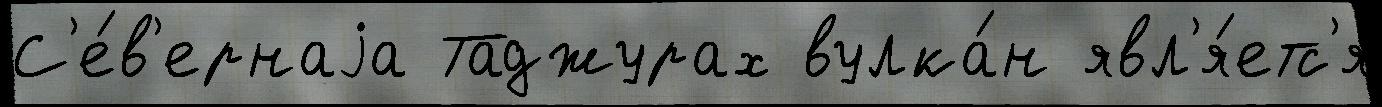
С'е́в'ернаjа Таджурах вулка́н явл'я́етс'я